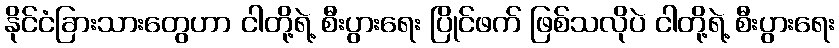
နိုင်ငံခြားသားတွေဟာ ငါတို့ရဲ့ စီးပွားရေး ပြိုင်ဖက် ဖြစ်သလိုပဲ ငါတို့ရဲ့ စီးပွားရေး